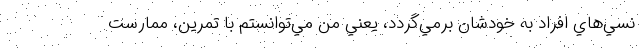
نسي‌هاي افراد به خودشان برمي‌گردد، يعني من مي‌توانستم با تمرين، ممارست